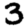
Digit: 3